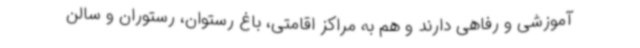
آموزشی و رفاهی دارند و هم به مراکز اقامتی، باغ رستوان، رستوران و سالن